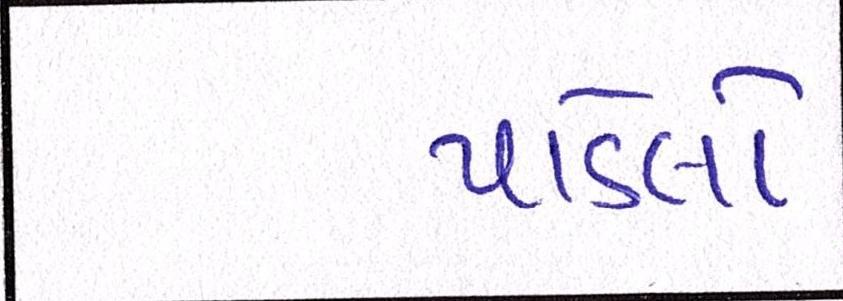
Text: પાડેલો